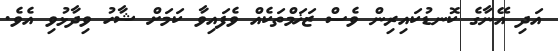
އަދި އޭނާގެ ކޮނޑުކައިރިން ވެސް ޒަޚަމްތަކެއް ވެފައިވާ ކަމަށް ޝާހު ވިދާޅުވި އެވެ.